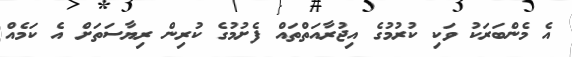
އެ މެންބަރަކު ވަކި ކުރުމުގެ އިޖުރާއަތްތައް ފެށުމުގެ ކުރިން ރިޔާސަތަށް އެ ކަމެއް